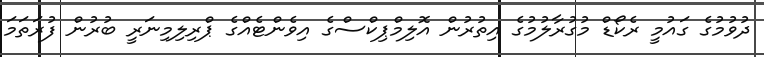
ދުވުމުގެ ގައުމީ ރެކޯޑް މުގުރާލުމުގެ އިތުރުން އޮލިމްޕިކްސްގެ އިވެންޓެއްގެ ޕްރިލިމިނަރީ ބުރުން ފުރަތަމަ